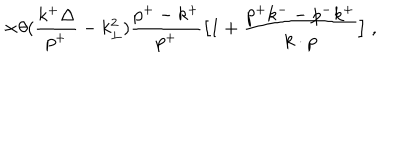
LaTeX: \times \theta ( { \frac { k ^ { + } \Delta } { p ^ { + } } } - k _ { \perp } ^ { 2 } ) { \frac { p ^ { + } - k ^ { + } } { p ^ { + } } } \bigl [ 1 + { \frac { p ^ { + } k ^ { -- } p ^ { - } k ^ { + } } { k \cdot p } } \bigr ] \; ,